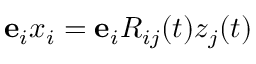
{ \bf e } _ { i } x _ { i } = { \bf e } _ { i } R _ { i j } ( t ) z _ { j } ( t )